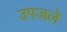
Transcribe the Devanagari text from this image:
उपजले